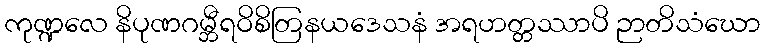
ကုဏ္ဍလေ နိပုဏဂမ္ဘီရဝိစိတြနယဒေသနံ အရဟတ္တဿာပိ ဉာတိသံဃော